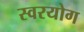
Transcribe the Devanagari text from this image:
स्वरयोग